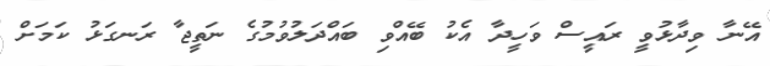
އޭނާ ވިދާޅުވީ ރައީސް ވަހީދާ އެކު ބޭއްވި ބައްދަލުވުމުގެ ނަތީޖާ ރަނގަޅު ކަމަށް